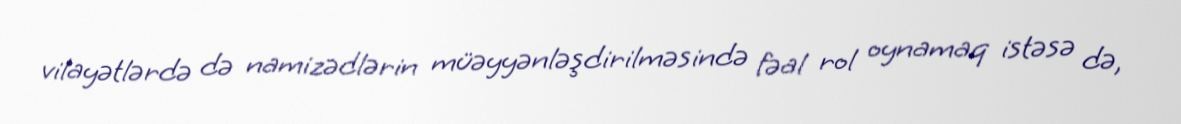
vilayətlərdə də namizədlərin müəyyənləşdirilməsində fəal rol oynamaq istəsə də,